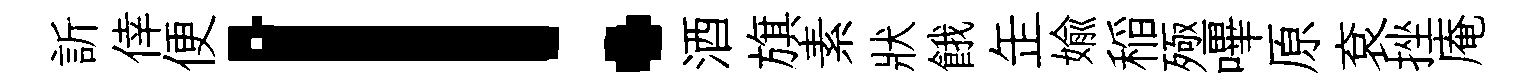
訢倖便！酒旗素狀餓𦈢媮稲殛嗶原袞挫庵